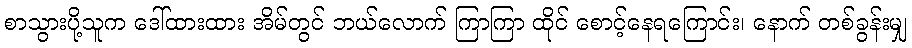
စာသွားပို့သူက ဒေါ်ထားထား အိမ်တွင် ဘယ်လောက် ကြာကြာ ထိုင် စောင့်နေရကြောင်း၊ နောက် တစ်ခွန်းမျှ